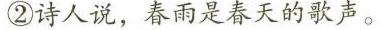
②诗人说，春雨是春天的歌声。